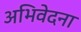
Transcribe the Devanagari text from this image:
अभिवेदना